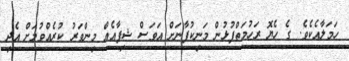
ހަމަލާއެކެވެ. ގެ ހެޔޮ ރަހުމަތްފުޅުން މަނިކުފާނަށް އަވަސް ޝިފާއެއް މިންވަރު ކުރެއްވުމަށް އެދި